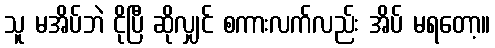
သူ မအိပ်ဘဲ ငိုပြီ ဆိုလျှင် စကားလက်လည်း အိပ် မရတော့။